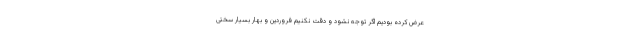
عرض کرده بودیم اگر توجه نشود و دقت نکنیم فروردین و بهار بسیار سختی